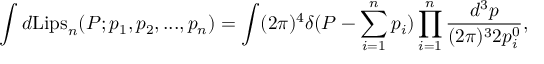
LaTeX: \int d \mathrm { L i p s } _ { n } ( P ; p _ { 1 } , p _ { 2 } , . . . , p _ { n } ) = \int ( 2 \pi ) ^ { 4 } \delta ( P - \sum _ { i = 1 } ^ { n } p _ { i } ) \prod _ { i = 1 } ^ { n } \frac { d ^ { 3 } p } { ( 2 \pi ) ^ { 3 } 2 p _ { i } ^ { 0 } } ,